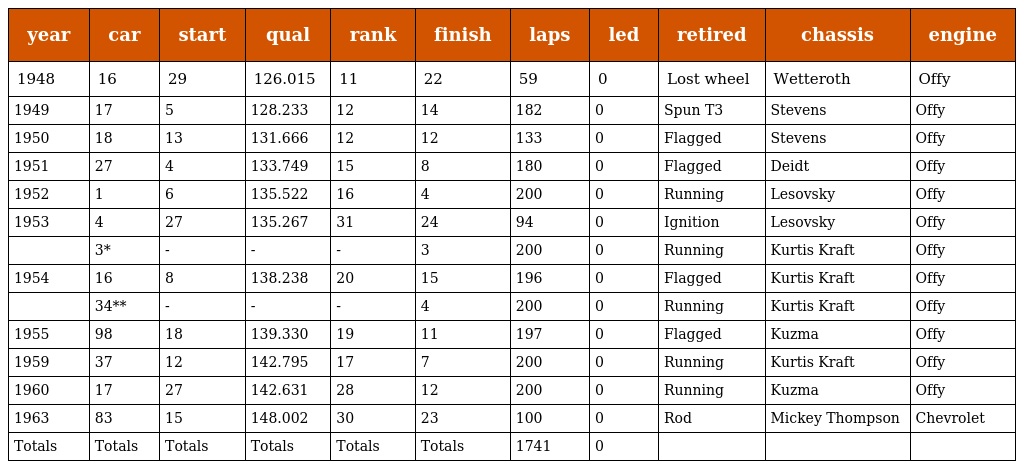
| year | car | start | qual | rank | finish | laps | led | retired | chassis | engine |
 | --- | --- | --- | --- | --- | --- | --- | --- | --- | --- | --- |
 | 1948 | 16 | 29 | 126.015 | 11 | 22 | 59 | 0 | Lost wheel | Wetteroth | Offy |
 | 1949 | 17 | 5 | 128.233 | 12 | 14 | 182 | 0 | Spun T3 | Stevens | Offy |
 | 1950 | 18 | 13 | 131.666 | 12 | 12 | 133 | 0 | Flagged | Stevens | Offy |
 | 1951 | 27 | 4 | 133.749 | 15 | 8 | 180 | 0 | Flagged | Deidt | Offy |
 | 1952 | 1 | 6 | 135.522 | 16 | 4 | 200 | 0 | Running | Lesovsky | Offy |
 | 1953 | 4 | 27 | 135.267 | 31 | 24 | 94 | 0 | Ignition | Lesovsky | Offy |
 |  | 3* | - | - | - | 3 | 200 | 0 | Running | Kurtis Kraft | Offy |
 | 1954 | 16 | 8 | 138.238 | 20 | 15 | 196 | 0 | Flagged | Kurtis Kraft | Offy |
 |  | 34** | - | - | - | 4 | 200 | 0 | Running | Kurtis Kraft | Offy |
 | 1955 | 98 | 18 | 139.330 | 19 | 11 | 197 | 0 | Flagged | Kuzma | Offy |
 | 1959 | 37 | 12 | 142.795 | 17 | 7 | 200 | 0 | Running | Kurtis Kraft | Offy |
 | 1960 | 17 | 27 | 142.631 | 28 | 12 | 200 | 0 | Running | Kuzma | Offy |
 | 1963 | 83 | 15 | 148.002 | 30 | 23 | 100 | 0 | Rod | Mickey Thompson | Chevrolet |
 | Totals | Totals | Totals | Totals | Totals | Totals | 1741 | 0 |  |  |  |